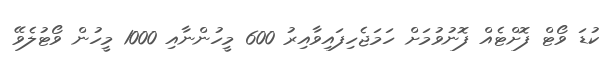
ކުޑަ ވޯޓް ފޮށްޓެއް ފޮނުވުމަށް ހަމަޖެހިފައިވާއިރު 600 މީހުންނާއި 1000 މީހުން ވޯޓުލެވޭ